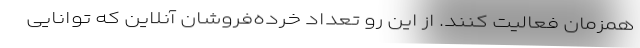
همزمان فعالیت کنند. از این رو تعداد خرده‌فروشان آنلاین که توانایی